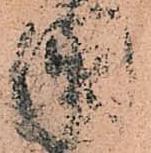
國